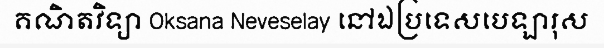
គណិតវិទ្យា Oksana Neveselay នៅឯប្រទេសបេឡារុស